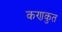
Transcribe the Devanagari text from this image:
कणकुत